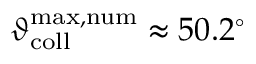
\vartheta _ { \mathrm { c o l l } } ^ { \mathrm { m a x , n u m } } \approx 5 0 . 2 ^ { \circ }